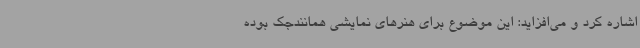
اشاره کرد و می‌افزاید: این موضوع برای هنرهای نمایشی همانندجک بوده